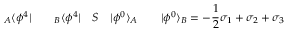
{ } _ { A } \langle \phi ^ { 4 } | \qquad { } _ { B } \langle \phi ^ { 4 } | \quad S \quad | \phi ^ { 0 } \rangle _ { A } \qquad | \phi ^ { 0 } \rangle _ { B } = - \frac { 1 } { 2 } \sigma _ { 1 } + \sigma _ { 2 } + \sigma _ { 3 }